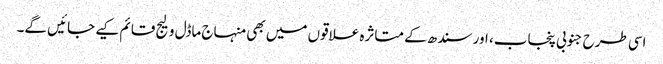
اسی طرح جنوبی پنجاب، اور سندھ کے متاثرہ علاقوں میں بھی منہاج ماڈل ولیج قائم کیے جائیں گے۔